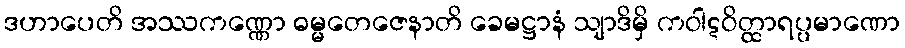
ဒဟာပေတိ အဿကဏ္ဏော ဓမ္မတေဇေနာတိ ခေမဋ္ဌာနံ သျာဒိမှိ ကဝါဋဝိတ္ထာရပ္ပမာဏော